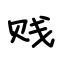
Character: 贱